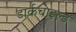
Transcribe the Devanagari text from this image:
डार्कचाइल्ड